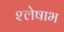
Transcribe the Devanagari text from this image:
श्लेषाभ